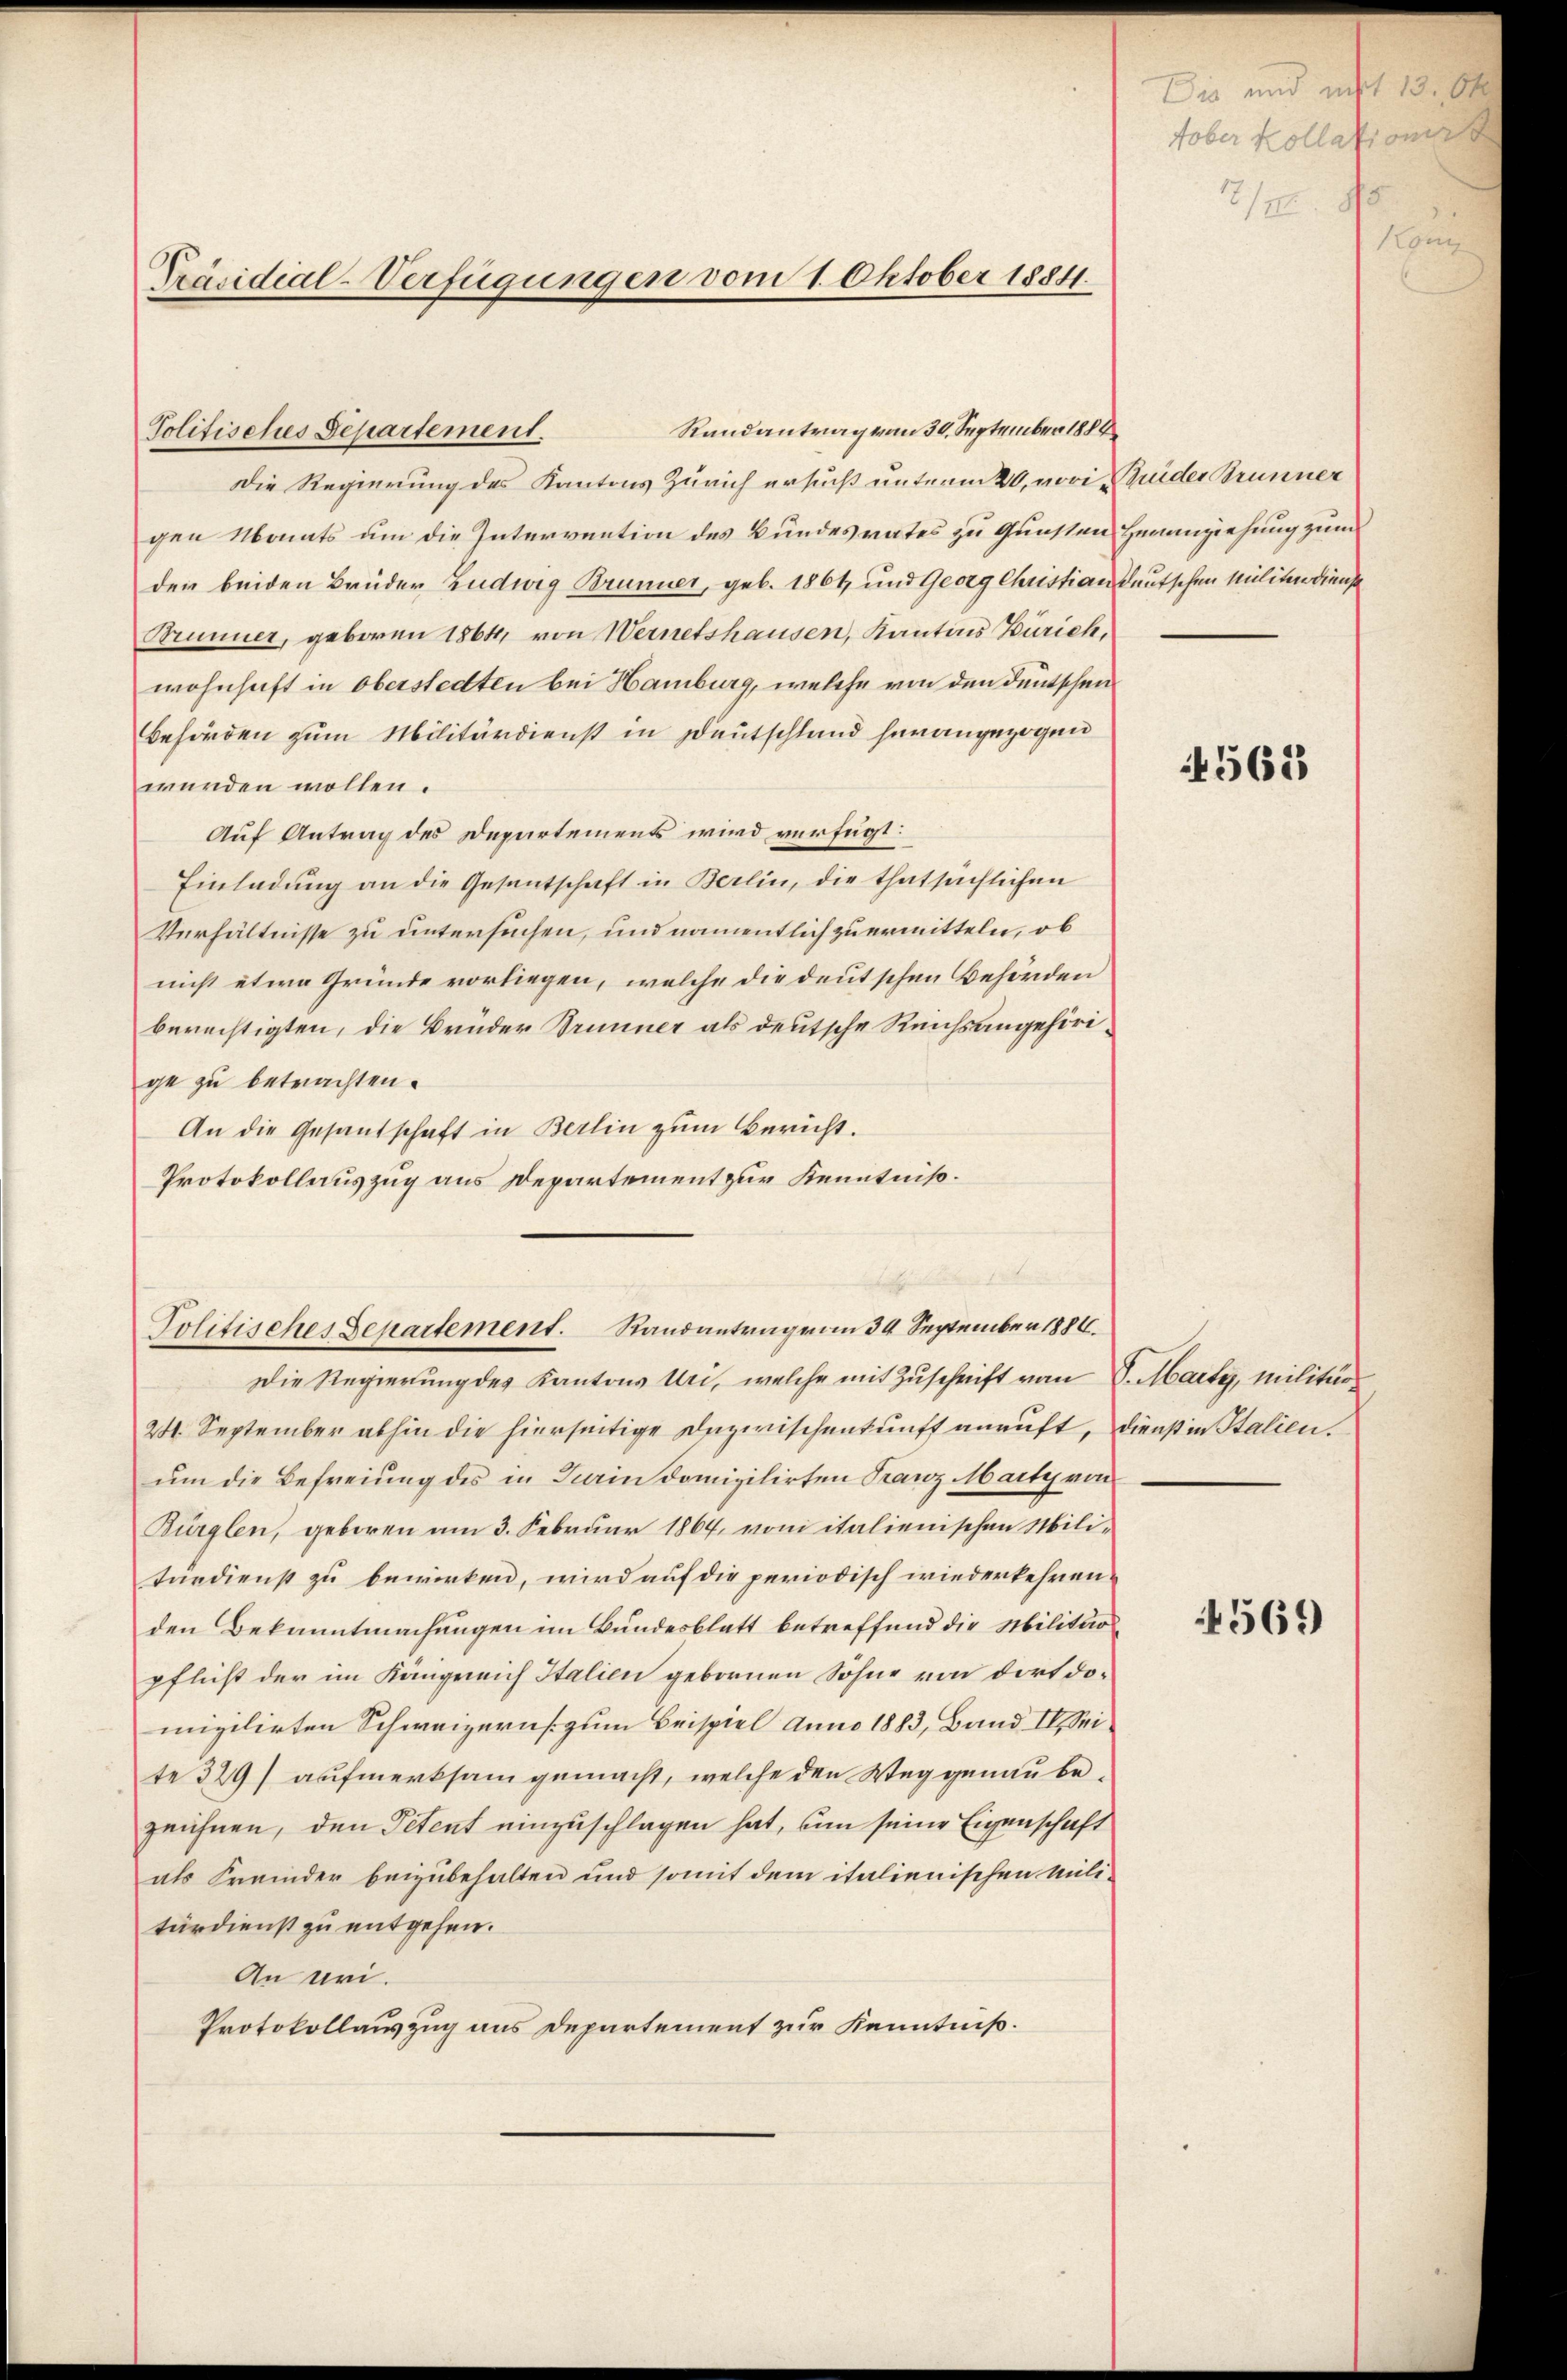
Präsidial-Verfügungen vom 1. Oktober 1884.

Randantrag vom 30. September 1888
Politisches Separtement.
Die Regierung des Kantons Zürich ersucht unterm 20. vori Brider Brunner
gen Monats um die Intervention des Bundesrates zu Gunsten Heranziehung zum
der beiden Brüder Zudwig Brunner, geb. 1861, und Georg Christian Deutschen Militärdienst
Brunner, geboren 1864, von Wernetshausen, Kantons Zürich,
wohnhaft in Oberstedten bei Hamburg, welche von den deutschen
Behörden zum Militärdienst in Deutschland herangezogen
würden wollen.
Auf Antrag des Departements wird verfügt:
Einladung an die Gesentschaft in Berlin, die thatsächlichen
Verhältnisse zu untersuchen, und namentlich zu ermitteln, ob
nicht etwa Gründe vorliegen, welche die deutschen Behörden
berechtigten, die Bruder Brunner als deutsche Reichsangehörige zu betrachten.
An die Gesandschaft in Berlin zum Bericht.
Protokollauszug aus Departement zur Kenntniß.

Politisches Separtement. Randantragen 34 September 1886.

24. September abhin die hierseitige Dazwischenkunft anruft, dienst in Italien.
um die Befreiung des in Turin domizilirten Franz Marty von
Bürglen, geboren am 3. Februar 1864, von italienischen Militärdienst zu bewirken, wird auf die periodisch wiederkehren.
den Bekanntmachungen im Bundesblatt betreffend die Militärpflicht der im Königreich Italien gebornen Söhne von dort domizilirten Schweizern zum Beispiel Anno 1883, Band II. Seite 329) aufmerksam gemacht, welche den Weg genau bezeichnen, den Petent einzuschlagen hat, um seine Eigenschaft
als Freider beizubehalten und somit dem italienischen Militärdienst zu entgehen.
An Uri.
Protokollauszug aus Departement zur Kenntniß.

Die Regierung des Kantons Uri, welche mit Zuschrift vom 8. Marty, militär

4565

569